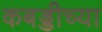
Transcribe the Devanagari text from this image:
कबड्डीच्या